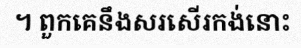
។ ពួកគេនឹងសរសើរកង់នោះ